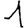
Digit: 1